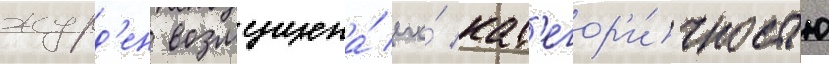
журд'ен возмущена́ его́ кат'егор'и́чностью